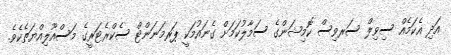
އަދި އެކަމެއް ސިވިލް ސަރވިސް ކޮމިޝަންގެ ސަމާލުކަމަށް ގެނައުމަކީ ޕަރމަނަންޓް ސެކްރެޓަރީގެ މަސްއޫލިއްޔަތެކެވެ.